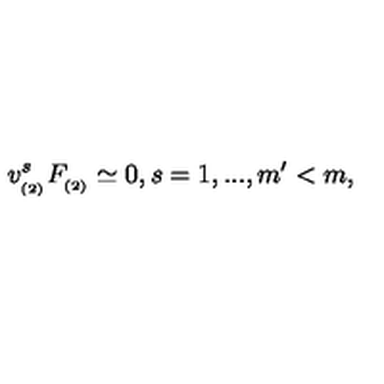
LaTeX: v _ { _ { ( 2 ) } } ^ { s } F _ { _ { ( 2 ) } } \simeq 0 , s = 1 , . . . , m ^ { \prime } < m ,